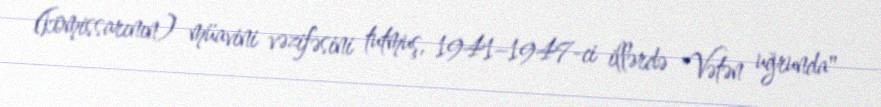
(komissarının) müavini vəzifəsini tutmuş, 1941–1947-ci illərdə "Vətən uğrunda"